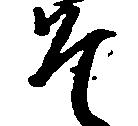
そ